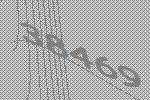
38469